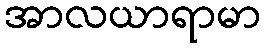
အာလယာရာမာ